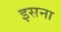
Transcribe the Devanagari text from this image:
इसना